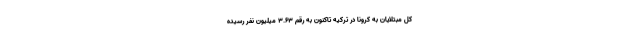
کل مبتلایان به کرونا در ترکیه تاکنون به رقم ۳.۶۳ میلیون نفر رسیده